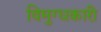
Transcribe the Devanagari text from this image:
विमुग्धकारी